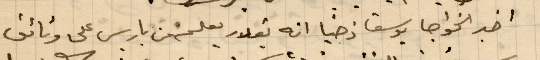
اخبر الخواجا يوسف زخيا انه يقدر يعلم من باريس على وثائق